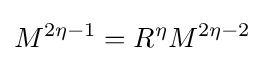
M^{2\eta -1}=R^{\eta }M^{2\eta -2}